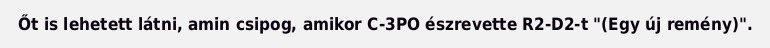
Őt is lehetett látni, amin csipog, amikor C-3PO észrevette R2-D2-t "(Egy új remény)".